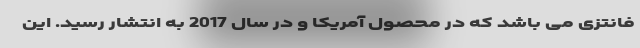
فانتزی می باشد که در محصول آمریکا و در سال 2017 به انتشار رسید. این